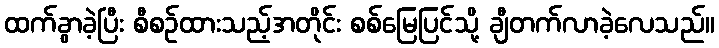
ထက်ခွာခဲ့ပြီး စီစဉ်ထားသည့်အတိုင်း စစ်မြေပြင်သို့ ချီတက်လာခဲ့လေသည်။